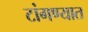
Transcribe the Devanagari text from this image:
टांगण्यात